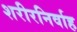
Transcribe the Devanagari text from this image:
शरीरनिर्वाह